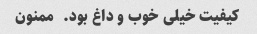
کیفیت خیلی خوب و داغ بود. ‌ ممنون